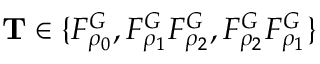
\mathbf { T } \in \{ F _ { \rho _ { 0 } } ^ { G } , F _ { \rho _ { 1 } } ^ { G } F _ { \rho _ { 2 } } ^ { G } , F _ { \rho _ { 2 } } ^ { G } F _ { \rho _ { 1 } } ^ { G } \}